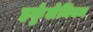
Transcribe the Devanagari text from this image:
हर्कुलेनियम